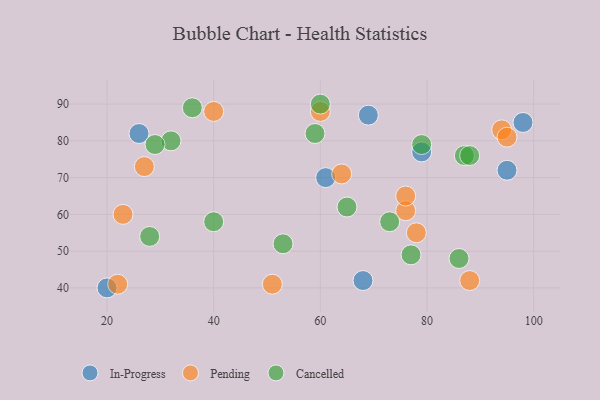
{"axis": {"x": "GDP", "y": "Life Expectancy"}, "legend": ["Cancelled", "In-Progress", "Pending"], "data": [{"x": "20", "y": 40, "type": "In-Progress"}, {"x": "69", "y": 87, "type": "In-Progress"}, {"x": "61", "y": 70, "type": "In-Progress"}, {"x": "98", "y": 85, "type": "In-Progress"}, {"x": "79", "y": 77, "type": "In-Progress"}, {"x": "68", "y": 42, "type": "In-Progress"}, {"x": "26", "y": 82, "type": "In-Progress"}, {"x": "95", "y": 72, "type": "In-Progress"}, {"x": "94", "y": 83, "type": "Pending"}, {"x": "76", "y": 61, "type": "Pending"}, {"x": "88", "y": 42, "type": "Pending"}, {"x": "60", "y": 88, "type": "Pending"}, {"x": "78", "y": 55, "type": "Pending"}, {"x": "23", "y": 60, "type": "Pending"}, {"x": "51", "y": 41, "type": "Pending"}, {"x": "64", "y": 71, "type": "Pending"}, {"x": "22", "y": 41, "type": "Pending"}, {"x": "76", "y": 65, "type": "Pending"}, {"x": "27", "y": 73, "type": "Pending"}, {"x": "40", "y": 88, "type": "Pending"}, {"x": "95", "y": 81, "type": "Pending"}, {"x": "87", "y": 76, "type": "Cancelled"}, {"x": "65", "y": 62, "type": "Cancelled"}, {"x": "86", "y": 48, "type": "Cancelled"}, {"x": "32", "y": 80, "type": "Cancelled"}, {"x": "29", "y": 79, "type": "Cancelled"}, {"x": "53", "y": 52, "type": "Cancelled"}, {"x": "40", "y": 58, "type": "Cancelled"}, {"x": "73", "y": 58, "type": "Cancelled"}, {"x": "36", "y": 89, "type": "Cancelled"}, {"x": "79", "y": 79, "type": "Cancelled"}, {"x": "60", "y": 90, "type": "Cancelled"}, {"x": "59", "y": 82, "type": "Cancelled"}, {"x": "88", "y": 76, "type": "Cancelled"}, {"x": "77", "y": 49, "type": "Cancelled"}, {"x": "28", "y": 54, "type": "Cancelled"}]}